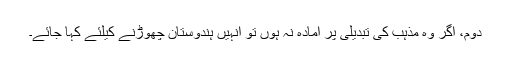
دوم، اگر وہ مذہب کی تبدیلی پر آمادہ نہ ہوں تو انہیں ہندوستان چھوڑنے کیلئے کہا جائے۔